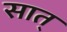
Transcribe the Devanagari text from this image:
सात्